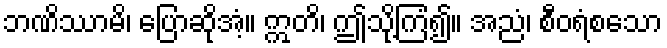
ဘဏိဿာမိ၊ ပြောဆိုအံ့။ ဣတိ၊ ဤသို့ကြံ၍။ အညံ၊ စီဝရံစသော